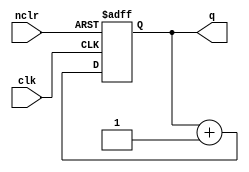
module mod16cnt (
input wire clk,
input wire nclr,
output reg [3:0] q
);
always @ (posedge clk or negedge nclr)
begin
if(!nclr)
q <= 4'b0;
else
q <= q + 4'b1;
end
endmodule